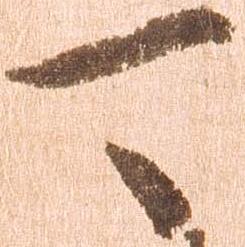
可